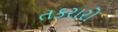
તકરારો